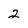
Character: 2